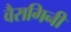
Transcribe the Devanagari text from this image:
वैरागिनी